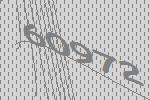
60972